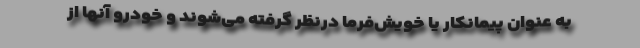
به عنوان پیمانکار یا خویش‌فرما درنظر گرفته می‌شوند و خودرو آنها از